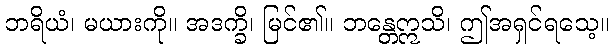
ဘရိယံ၊ မယားကို။ အဒက္ခိ၊ မြင်၏။ ဘန္တေဣသိ၊ ဤအရှင်ရသေ့။